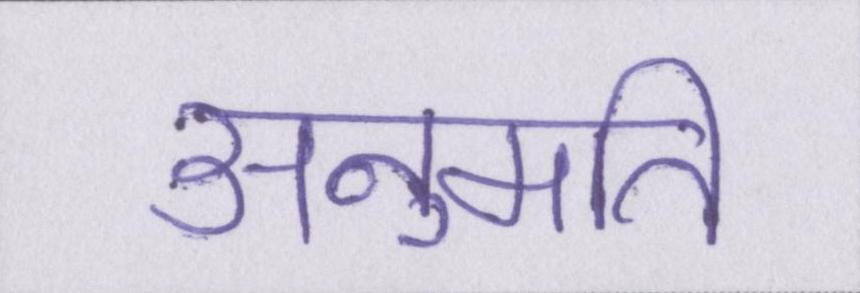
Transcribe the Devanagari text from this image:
अनुमति